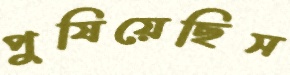
পুষিয়েছিস